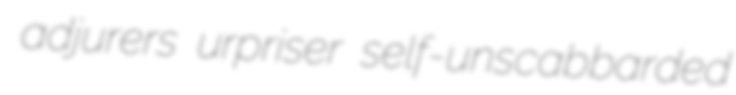
adjurers urpriser self-unscabbarded